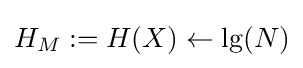
H_{M}:=H(X)\gets \lg(N)